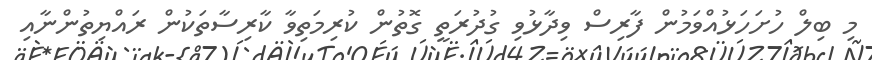
މި ބިލް ހުށަހަޅުއްވަމުން ފާރިސް ވިދާޅުވި ގުދުރަތީ ގޮތުން ކުރިމަތިވާ ކާރިސާތަކުން ރައްޔިތުންނާއި